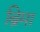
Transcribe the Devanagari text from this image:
ब्रिमा